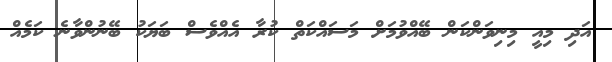
އަދި މިއީ މިނިވަންކަން ބޭއްވުމަށް މަސައްކަތް ކުރާ އެއްވެސް ބަޔަކު ބޭނުންވާނެ ކަމެއް